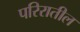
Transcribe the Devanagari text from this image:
परिरातील